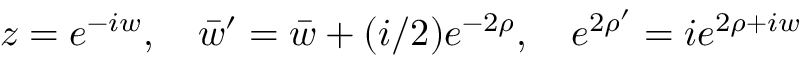
z = e ^ { - i w } , \quad \bar { w } ^ { \prime } = \bar { w } + ( i / 2 ) e ^ { - 2 \rho } , \quad e ^ { 2 \rho ^ { \prime } } = i e ^ { 2 \rho + i w }